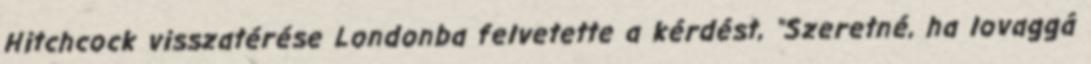
Hitchcock visszatérése Londonba felvetette a kérdést, "Szeretné, ha lovaggá